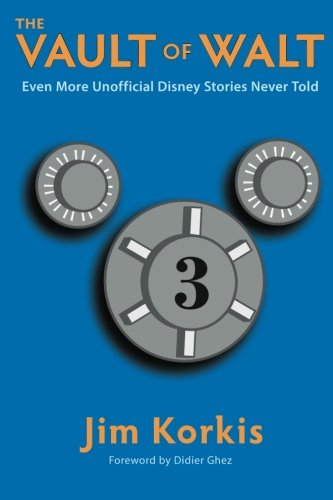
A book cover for The Vault of Walt: Volume 3: Even More Unofficial Disney Stories Never Told; Jim Korkis; Travel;